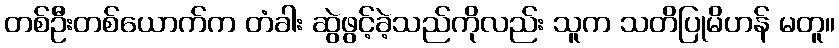
တစ်ဦးတစ်ယောက်က တံခါး ဆွဲဖွင့်ခဲ့သည်ကိုလည်း သူက သတိပြုမိဟန် မတူ။